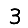
Digit: 3